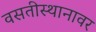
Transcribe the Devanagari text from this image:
वसतीस्थानावर